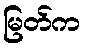
မြတ်က